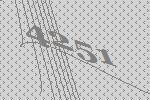
4251